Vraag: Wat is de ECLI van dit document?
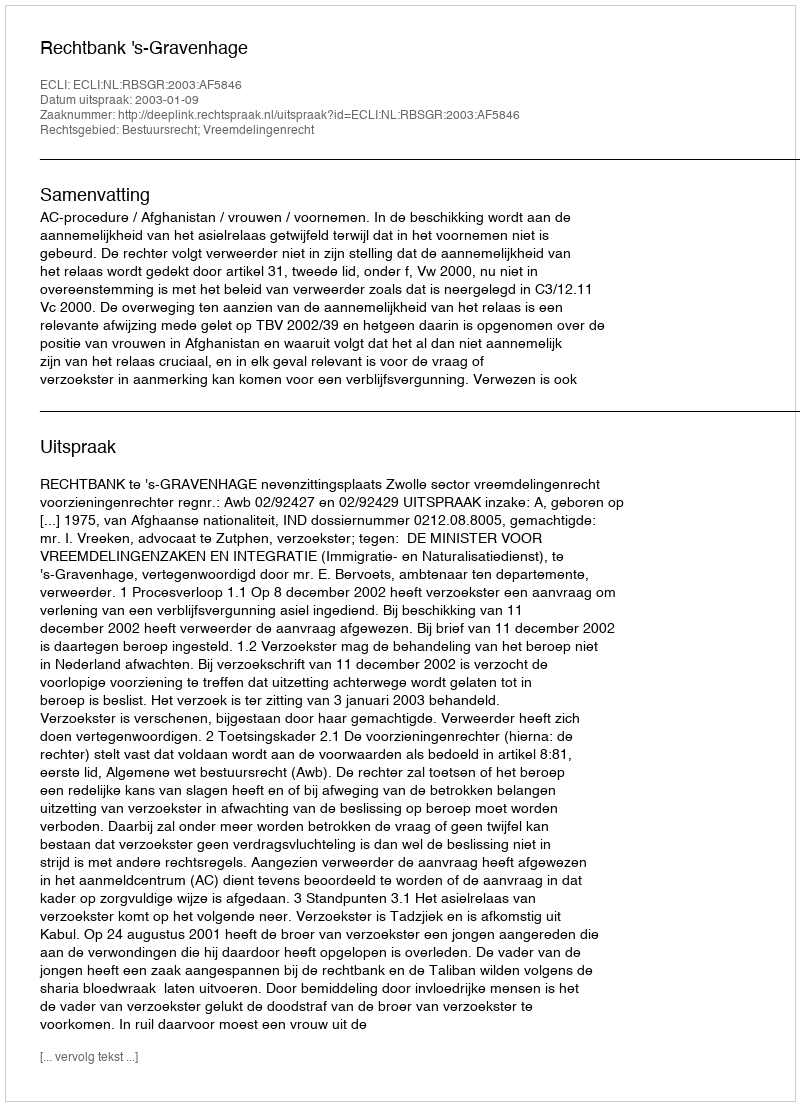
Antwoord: ECLI:NL:RBSGR:2003:AF5846